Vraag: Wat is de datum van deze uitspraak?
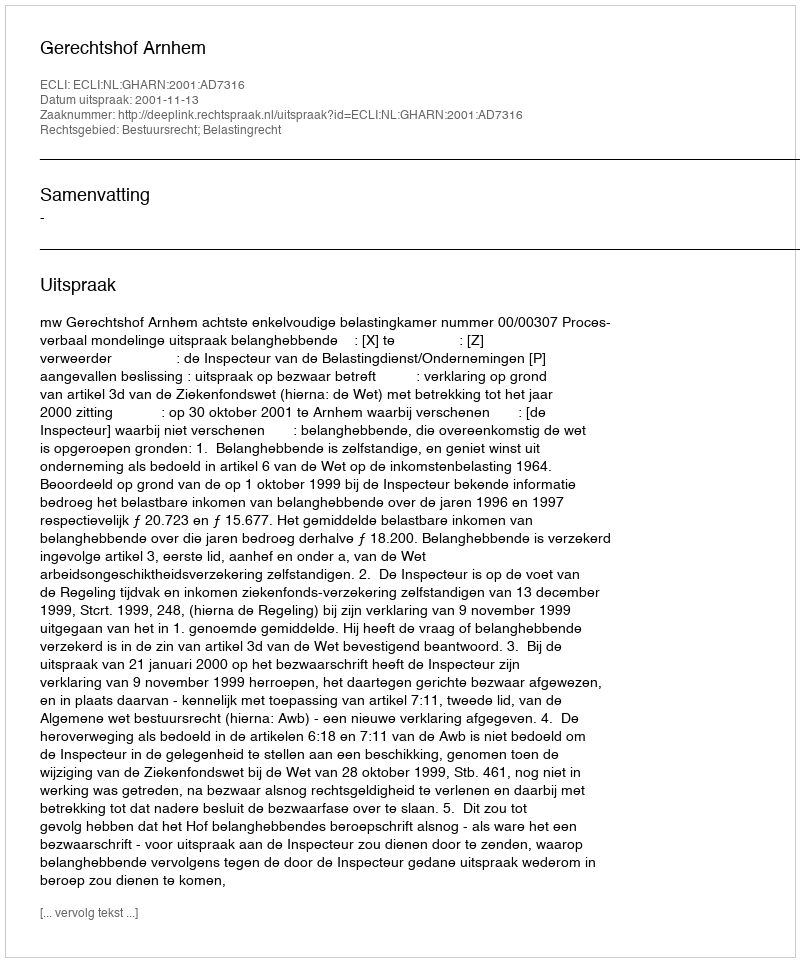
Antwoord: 2001-11-13